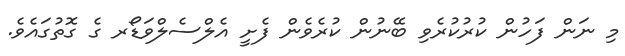
މި ނަން ފަހުން ކުރުކުރެވި ބޭނުން ކުރެވެން ފެށީ އެލްސެލްވަޑޯރ ގެ ގޮތުގައެވެ.